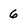
Character: 6